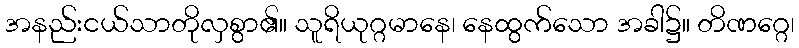
အနည်းငယ်သာတိုလှစွာ၏။ သူရိယုဂ္ဂမာနေ၊ နေထွက်သော အခါ၌။ တိဏဂ္ဂေ၊